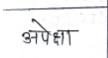
मजकूर: अपेक्षा